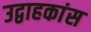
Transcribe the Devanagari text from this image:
उद्वाहकांस